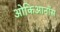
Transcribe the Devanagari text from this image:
ओकिआनॉस